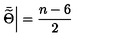
\left. \bar { \widetilde { \Theta } } \right| = \frac { n - 6 } { 2 }